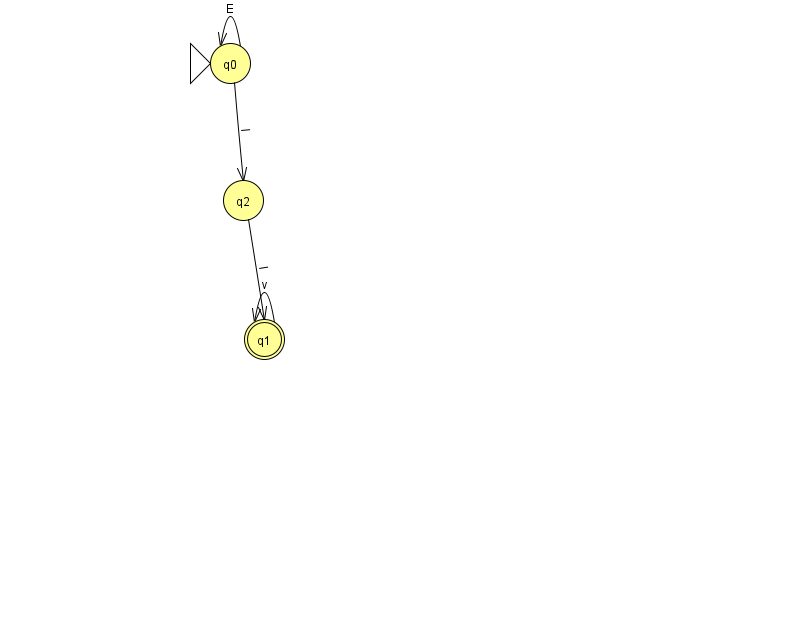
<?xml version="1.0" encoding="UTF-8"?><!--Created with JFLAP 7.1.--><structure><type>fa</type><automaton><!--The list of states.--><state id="0" name="q0"><x>230.0</x><y>50.0</y><initial/></state><state id="1" name="q1"><x>264.0</x><y>326.0</y><final/></state><state id="2" name="q2"><x>243.0</x><y>187.0</y></state><!--The list of transitions.--><transition><from>2</from><to>1</to><read>l</read></transition><transition><from>0</from><to>0</to><read>E</read></transition><transition><from>1</from><to>1</to><read>v</read></transition><transition><from>0</from><to>2</to><read>l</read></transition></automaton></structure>